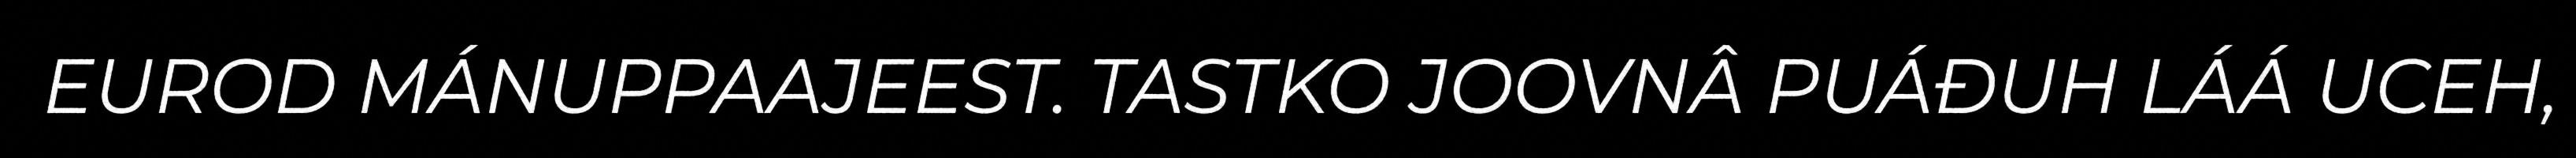
EUROD MÁNUPPAAJEEST. TASTKO JOOVNÂ PUÁĐUH LÁÁ UCEH,